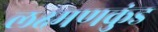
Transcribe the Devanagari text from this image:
लक्ष्मणकुंड